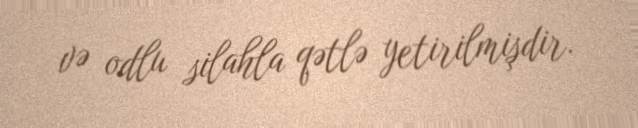
və odlu silahla qətlə yetirilmişdir.